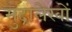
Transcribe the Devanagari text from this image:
मुद्रालेखों